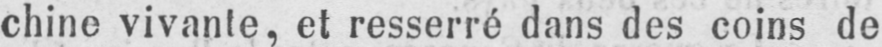
chine vivante, et resserré dans des coins de